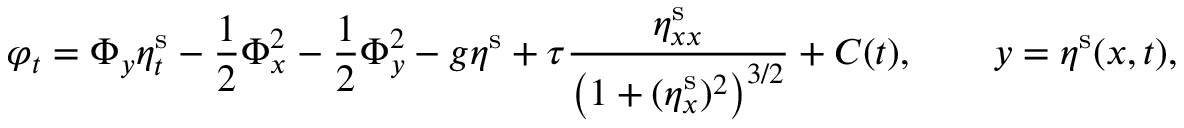
\varphi _ { t } = \Phi _ { y } \eta _ { t } ^ { \mathrm { s } } - \frac { 1 } { 2 } \Phi _ { x } ^ { 2 } - \frac { 1 } { 2 } \Phi _ { y } ^ { 2 } - g \eta ^ { \mathrm { s } } + \tau \frac { \eta _ { x x } ^ { \mathrm { s } } } { \big ( 1 + ( \eta _ { x } ^ { \mathrm { s } } ) ^ { 2 } \big ) ^ { 3 / 2 } } + C ( t ) , \qquad y = \eta ^ { \mathrm { s } } ( x , t ) ,